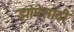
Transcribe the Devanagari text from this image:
झोपेसाठी